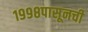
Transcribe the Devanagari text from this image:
१९९८पासूनची